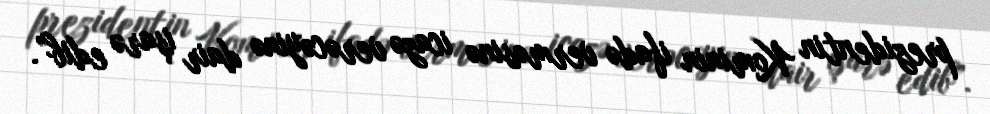
prezidentin Kominin ifadə verməsinə icazə verəcəyinə dair işarə edib”.